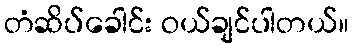
တံဆိပ်ခေါင်း ဝယ်ချင်ပါတယ်။